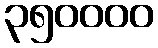
၃၅၀၀၀၀